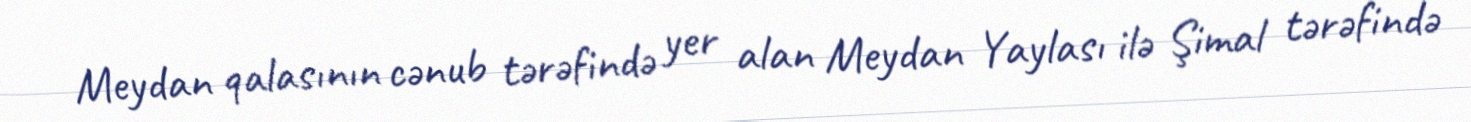
Meydan qalasının cənub tərəfində yer alan Meydan Yaylası ilə Şimal tərəfində